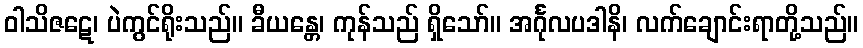
ဝါသိဇဋေ၊ ပဲကွင်ရိုးသည်။ ခီယန္တေ၊ ကုန်သည် ရှိသော်။ အင်္ဂုလပဒါနိ၊ လက်ချောင်းရာတို့သည်။